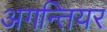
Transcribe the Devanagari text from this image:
अगन्तियर